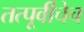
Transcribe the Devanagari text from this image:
तत्पूर्वीचेच